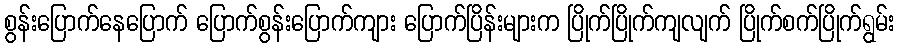
စွန်းပြောက်နေပြောက် ပြောက်စွန်းပြောက်ကျား ပြောက်ပြိန်းများက ပြိုက်ပြိုက်ကျလျက် ပြိုက်စက်ပြိုက်ရွမ်း